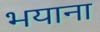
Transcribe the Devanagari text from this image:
भयाना